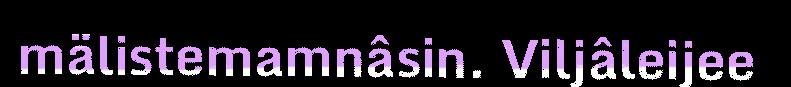
mälistemamnâsin. Viljâleijee